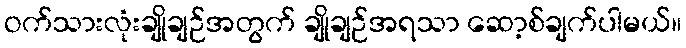
ဝက်သားလုံးချိုချဉ်အတွက် ချိုချဉ်အရသာ ဆော့စ်ချက်ပါမယ်။